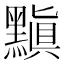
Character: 黰